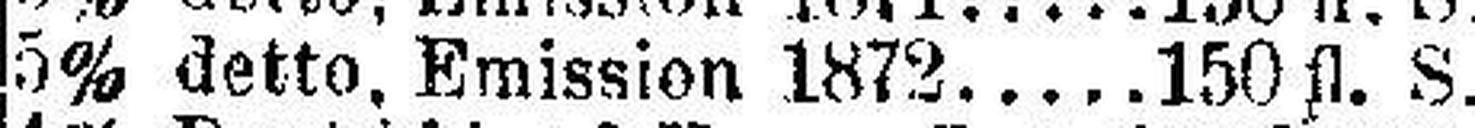
5% detto, Emission 1872 150 fl. S.